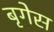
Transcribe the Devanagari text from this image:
बृगेस